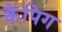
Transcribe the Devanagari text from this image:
कैंपिग